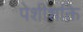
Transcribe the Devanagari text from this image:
पेशीशक्ति